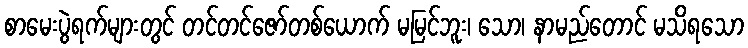
စာမေးပွဲရက်များတွင် တင်တင်ဇော်တစ်ယောက် မမြင်ဘူး၊ သော၊ နာမည်တောင် မသိရသော